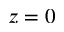
z = 0